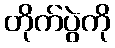
တိုက်ပွဲကို